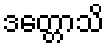
ဒတ္တောသိ